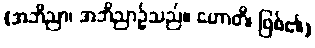
(အဘိညာ၊ အဘိညာဉ်သည်။ ဟောတိ၊ ဖြစ်၏)